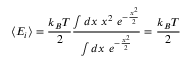
\langle E _ { i } \rangle = { \frac { k _ { B } T } { 2 } } { \frac { \int d x \, \, x ^ { 2 } \, \, e ^ { - { \frac { x ^ { 2 } } { 2 } } } } { \int d x \, \, e ^ { - { \frac { x ^ { 2 } } { 2 } } } } } = { \frac { k _ { B } T } { 2 } }